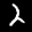
Label: 2